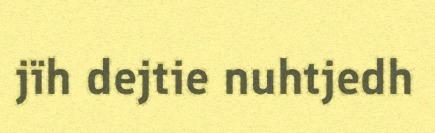
jïh dejtie nuhtjedh